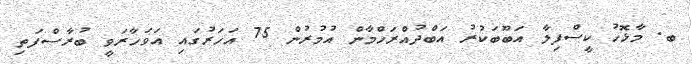
ބ. މާޅޮހު ކީސްފިލާ އަބޫބަކުރު އަބްދުއްރަހްމާން އުމުރުން 75 އަހަރުގައި އަވަހާރަވީ ބުރާސްފަތި